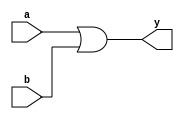
`timescale 1ns / 1ps


module OR_Gate(input a,b, output y);

assign y=a|b;
endmodule